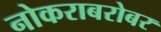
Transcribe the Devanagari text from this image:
नोकराबरोबर